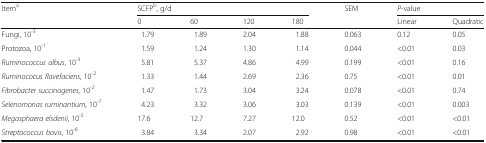
<table><thead><tr><td rowspan="2"><b>Item<sup>a</sup></b></td><td colspan="4"><b>SCFP<sup>b</sup>, g/d</b></td><td rowspan="2"><b>SEM</b></td><td colspan="2"><b><i>P</i>-value</b></td></tr><tr><td><b>0</b></td><td><b>60</b></td><td><b>120</b></td><td><b>180</b></td><td><b>Linear</b></td><td><b>Quadratic</b></td></tr></thead><tbody><tr><td>Fungi, 10<sup>-3</sup></td><td>1.79</td><td>1.89</td><td>2.04</td><td>1.88</td><td>0.063</td><td>0.12</td><td>0.05</td></tr><tr><td>Protozoa, 10<sup>-1</sup></td><td>1.59</td><td>1.24</td><td>1.30</td><td>1.14</td><td>0.044</td><td>&lt;0.01</td><td>0.03</td></tr><tr><td><i>Ruminococcus albus</i>, 10<sup>-3</sup></td><td>5.81</td><td>5.37</td><td>4.86</td><td>4.99</td><td>0.199</td><td>&lt;0.01</td><td>0.16</td></tr><tr><td><i>Ruminococus flavefaciens</i>, 10<sup>-2</sup></td><td>1.33</td><td>1.44</td><td>2.69</td><td>2.36</td><td>0.75</td><td>&lt;0.01</td><td>0.01</td></tr><tr><td><i>Fibrobacter succinogenes</i>, 10<sup>-2</sup></td><td>1.47</td><td>1.73</td><td>3.04</td><td>3.24</td><td>0.078</td><td>&lt;0.01</td><td>0.74</td></tr><tr><td><i>Selenomonas ruminantium</i>, 10<sup>-7</sup></td><td>4.23</td><td>3.32</td><td>3.06</td><td>3.03</td><td>0.139</td><td>&lt;0.01</td><td>0.003</td></tr><tr><td><i>Megasphaera elsdenii</i>, 10<sup>-5</sup></td><td>17.6</td><td>12.7</td><td>7.27</td><td>12.0</td><td>0.52</td><td>&lt;0.01</td><td>&lt;0.01</td></tr><tr><td><i>Streptococcus bovis</i>, 10<sup>-6</sup></td><td>3.84</td><td>3.34</td><td>2.07</td><td>2.92</td><td>0.98</td><td>&lt;0.01</td><td>&lt;0.01</td></tr></tbody></table>